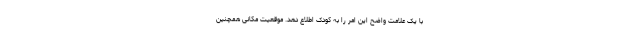
با یک علامت واضح این امر را به کودک اطلاع دهد. موقعیت مکانی همچنین